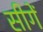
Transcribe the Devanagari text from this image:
सीगें